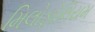
મિલોફોલિયમ